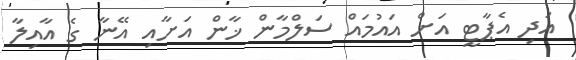
އަދި އެޕާޓީ އަށް އައުމައް ސަލްމާން ޚާން އަށާއި އޭނާ ގެ އާއިލާ